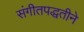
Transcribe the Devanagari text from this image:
संगीतपद्धतीने